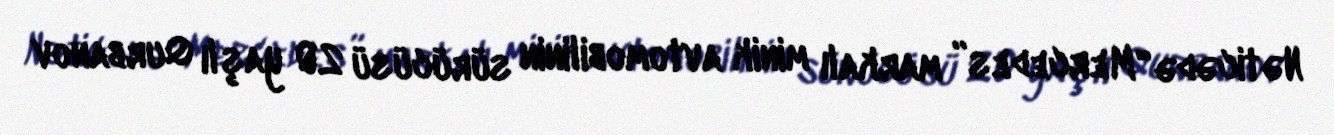
Nəticədə “Mercedes” markalı minik avtomobilinin sürücüsü 20 yaşlı Qurbanov